Development of the parasite of Indian kala azar - Number 53
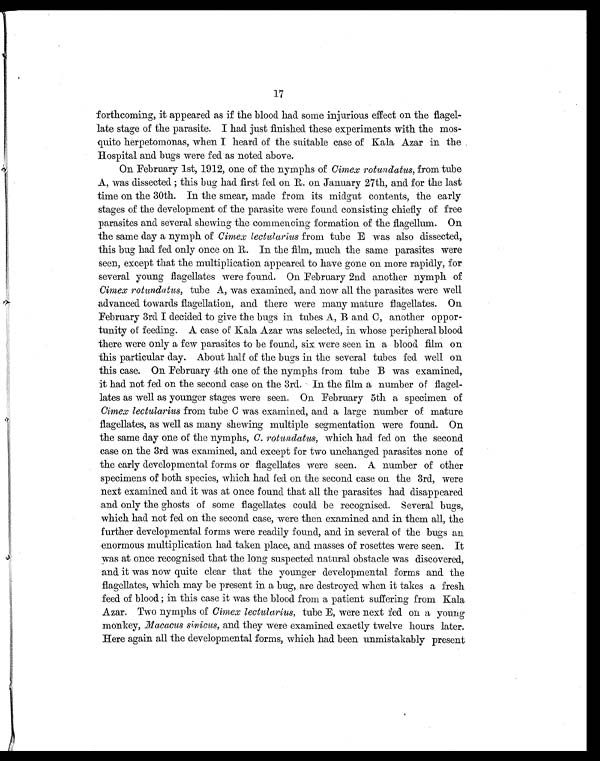
17
forthcoming, it appeared as if the blood had some injurious effect on the flagel-
late stage of the parasite. I had just finished these experiments with the mos-
quito herpetomonas, when I heard of the suitable case of Kala Azar in the .
Hospital and bugs were fed as noted above.
On February 1st, 1912, one of the nymphs of Cimex rotundatus, from tube
A, was dissected ; this bug had first fed on H. on January 27th, and for the last
time on the 30th. In the smear, made from its midget contents, the early
stages of the development of the parasite were found consisting chiefly of free
parasites and several shewing the commencing formation of the flagellum. On
the same day a nymph of Cimex lectularius from tube E was also dissected,
this bug had fed only once on R. In the film, much the same parasites were
seen, except that the multiplication appeared to have gone on more rapidly, for
several young flagellates were found. On February 2nd another nymph of
Cimex rotundatus, tube A, was examined, and now all the parasites were well
advanced towards flagellation, and there were many mature flagellates. On
February 3rd I decided to give the bugs in tubes A, B and C, another oppor-
tunity of feeding. A case of Kala Azar was selected, in whose peripheral blood
there were only a few parasites to be found, six were seen in a blood film on
this particular day. About half of the bugs in the several tubes fed well on
this case. On February 4th one of the nymphs from tube B was examined,
it had not fed on. the second case on the 3rd. In the film a number of flagel-
lates as well as younger stages were seen. On February 5th a specimen of
Cimex lectularius from tube C was examined, and a large number of mature
flagellates, as well as many shewing multiple segmentation were found. On
the same day one of the nymphs, C. rotundatus, which had fed on the second
case on the 3rd was examined, and except for two unchanged parasites none of
the early developmental forms or flagellates were seen. A number of other
specimens of both species, which had fed on the second case on the 3rd, were
next examined and it was at once found that all the parasites had disappeared
and only the ghosts of some flagellates could be recognised. Several bugs,
which had not fed on the second case, were then examined and in them all, the
further developmental forms were readily found, and in several of the bugs an
enormous multiplication had taken place, and masses of rosettes were seen. It
was at once recognised that the long suspected natural obstacle was discovered,
and it was now quite clear that the younger developmental forms and the
flagellates, which may be present in a bug, are destroyed when it takes a fresh
feed of blood; in this case it was the blood from a patient suffering from Kala
Azar. Two nymphs of Cimex lectularius, tube B, were next fed on a young
monkey, Macacus Sinicus, and they were examined exactly twelve hours later.
Here again all the developmental forms, which had been unmistakably present